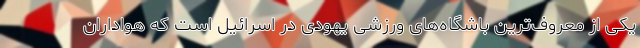
یکی از معروف‌ترین باشگاه‌های ورزشی یهودی در اسرائیل است که هواداران